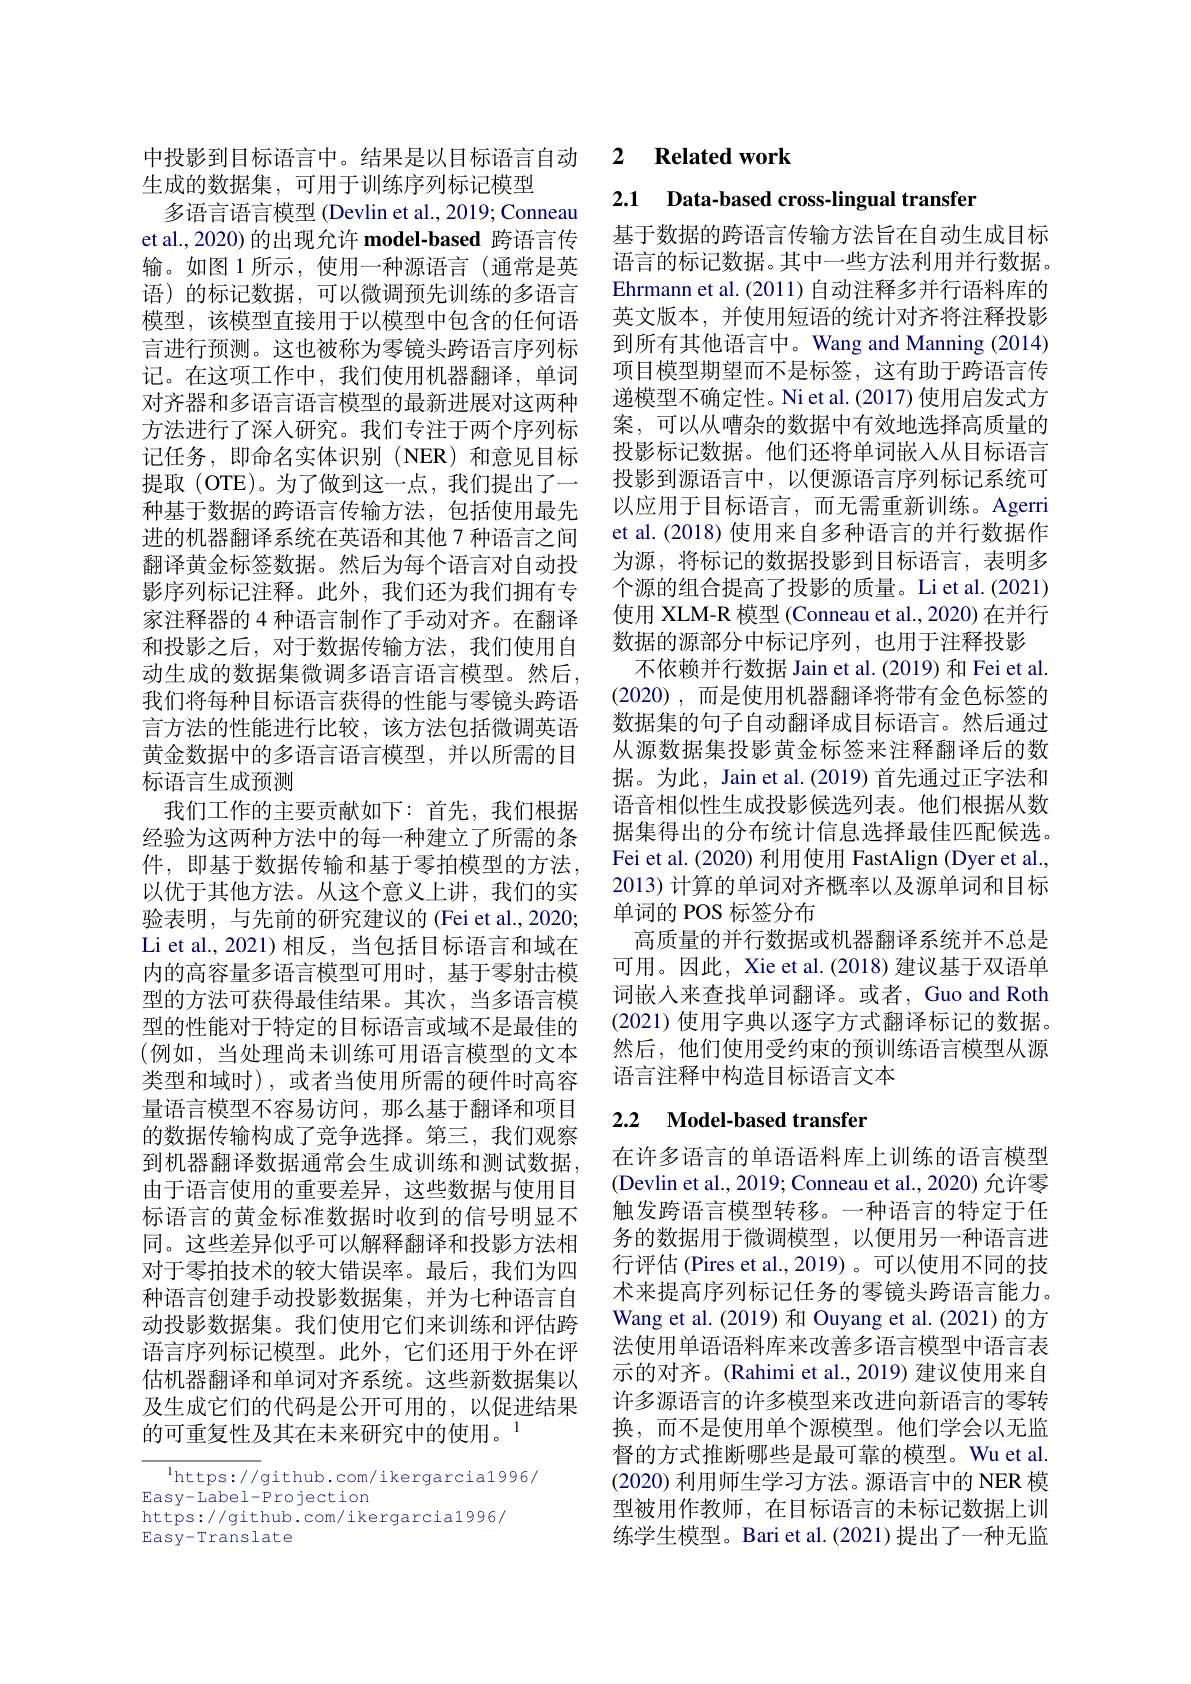
生成的数据集，可用于训练序列标记模型
多语言语言模型 (Devlin et al., 2019; Conneau et al.,2020)的出现允许 model-based 跨语言传输。如图 1 所示 , 使用一种源语言(通常是英语)的标记数据，可以微调预先训练的多语言模型，该模型直接用于以模型中包含的任何语言进行预测。这也被称为零镜头跨语言序列标记。在这项工作中，我们使用机器翻译，单词对齐器和多语言语言模型的最新进展对这两种方法进行了深人研究。我们专注于两个序列标记任务，即命名实体识别(NER)和意见目标提取(OTE)。为了做到这一点，我们提出了一种基于数据的跨语言传输方法，包括使用最先进的机器翻译系统在英语和其他 7 种语言之间翻译黄金标签数据。然后为每个语言对自动投影序列标记注释。此外，我们还为我们拥有专家注释器的 4 种语言制作了手动对齐。在翻译和投影之后，对于数据传输方法，我们使用自动生成的数据集微调多语言语言模型。然后， 我们将每种目标语言获得的性能与零镜头跨语言方法的性能进行比较，该方法包括微调英语黄金数据中的多语言语言模型，并以所需的目标语言生成预测
我们工作的主要贡献如下：首先，我们根据经验为这两种方法中的每一种建立了所需的条件，即基于数据传输和基于零拍模型的方法， 以优于其他方法。从这个意义上讲，我们的实验表明，与先前的研究建议的 (Fei et al.,2020; Li et al.,2021)相反，当包括目标语言和域在内的高容量多语言模型可用时，基于零射击模型的方法可获得最佳结果。其次，当多语言模型的性能对于特定的目标语言或域不是最佳的(例如，当处理尚未训练可用语言模型的文本类型和域时),或者当使用所需的硬件时高容量语言模型不容易访问，那么基于翻译和项目的数据传输构成了竞争选择。第三，我们观察到机器翻译数据通常会生成训练和测试数据， 由于语言使用的重要差异，这些数据与使用目标语言的黄金标准数据时收到的信号明显不同。这些差异似乎可以解释翻译和投影方法相对于零拍技术的较大错误率。最后，我们为四种语言创建手动投影数据集，并为七种语言自动投影数据集。我们使用它们来训练和评估跨语言序列标记模型。此外，它们还用于外在评估机器翻译和单词对齐系统。这些新数据集以及生成它们的代码是公开可用的，以促进结果的可重复性及其在未来研究中的使用。$^{1}$

$^{1}$https://github.com/ikergarcia1996/
$\operatorname{Easy-Label-Projection}$
https://github.com/ikergarcia1996/
$\operatorname{Easy-Translate}$

中投影到目标语言中。结果是以目标语言自动 2 $\textbf{Related work}$

2.1 Data-based cross-lingual transfer

基于数据的跨语言传输方法旨在自动生成目标语言的标记数据。其中一些方法利用并行数据。Ehrmann et al. (2011) 自动注释多并行语料库的英文版本，并使用短语的统计对齐将注释投影到所有其他语言中。Wang and Manning (2014) 项目模型期望而不是标签，这有助于跨语言传递模型不确定性。Ni et al.(2017) 使用启发式方案，可以从嘈杂的数据中有效地选择高质量的投影标记数据。他们还将单词嵌人从目标语言投影到源语言中，以便源语言序列标记系统可以应用于目标语言，而无需重新训练。Agerri et al. (2018) 使用来自多种语言的并行数据作为源，将标记的数据投影到目标语言，表明多个源的组合提高了投影的质量。Li et al.(2021) 使用 XLM-R 模型 (Conneau et al., 2020) 在并行数据的源部分中标记序列，也用于注释投影
不依赖并行数据 Jain et al. (2019) 和 Fei et al. (2020) , 而是使用机器翻译将带有金色标签的数据集的句子自动翻译成目标语言。然后通过从源数据集投影黄金标签来注释翻译后的数据。为此，Jain et al.(2019) 首先通过正字法和语音相似性生成投影候选列表。他们根据从数据集得出的分布统计信息选择最佳匹配候选。Fei et al. (2020) 利用使用 FastAlign (Dyer et al., 2013) 计算的单词对齐概率以及源单词和目标单词的 POS 标签分布
高质量的并行数据或机器翻译系统并不总是可用。因此，Xie et al. (2018) 建议基于双语单词嵌入来查找单词翻译。或者，Guo and Roth (2021)使用字典以逐字方式翻译标记的数据。然后，他们使用受约束的预训练语言模型从源语言注释中构造目标语言文本

## 2.2 $\textbf{Model- based transfer}$

在许多语言的单语语料库上训练的语言模型(Devlin et al., 2019; Conneau et al., 2020) 允许零触发跨语言模型转移。一种语言的特定于任务的数据用于微调模型，以便用另一种语言进行评估 (Pires et al.,2019)。可以使用不同的技术来提高序列标记任务的零镜头跨语言能力。Wang et al. (2019) 和 Ouyang et al. (2021)的方法使用单语语料库来改善多语言模型中语言表示的对齐。(Rahimi et al., 2019) 建议使用来自许多源语言的许多模型来改进向新语言的零转换，而不是使用单个源模型。他们学会以无监督的方式推断哪些是最可靠的模型。Wu et al. (2020)利用师生学习方法。源语言中的 NER 模型被用作教师，在目标语言的未标记数据上训练学生模型。Bari et al.(2021)提出了一种无监